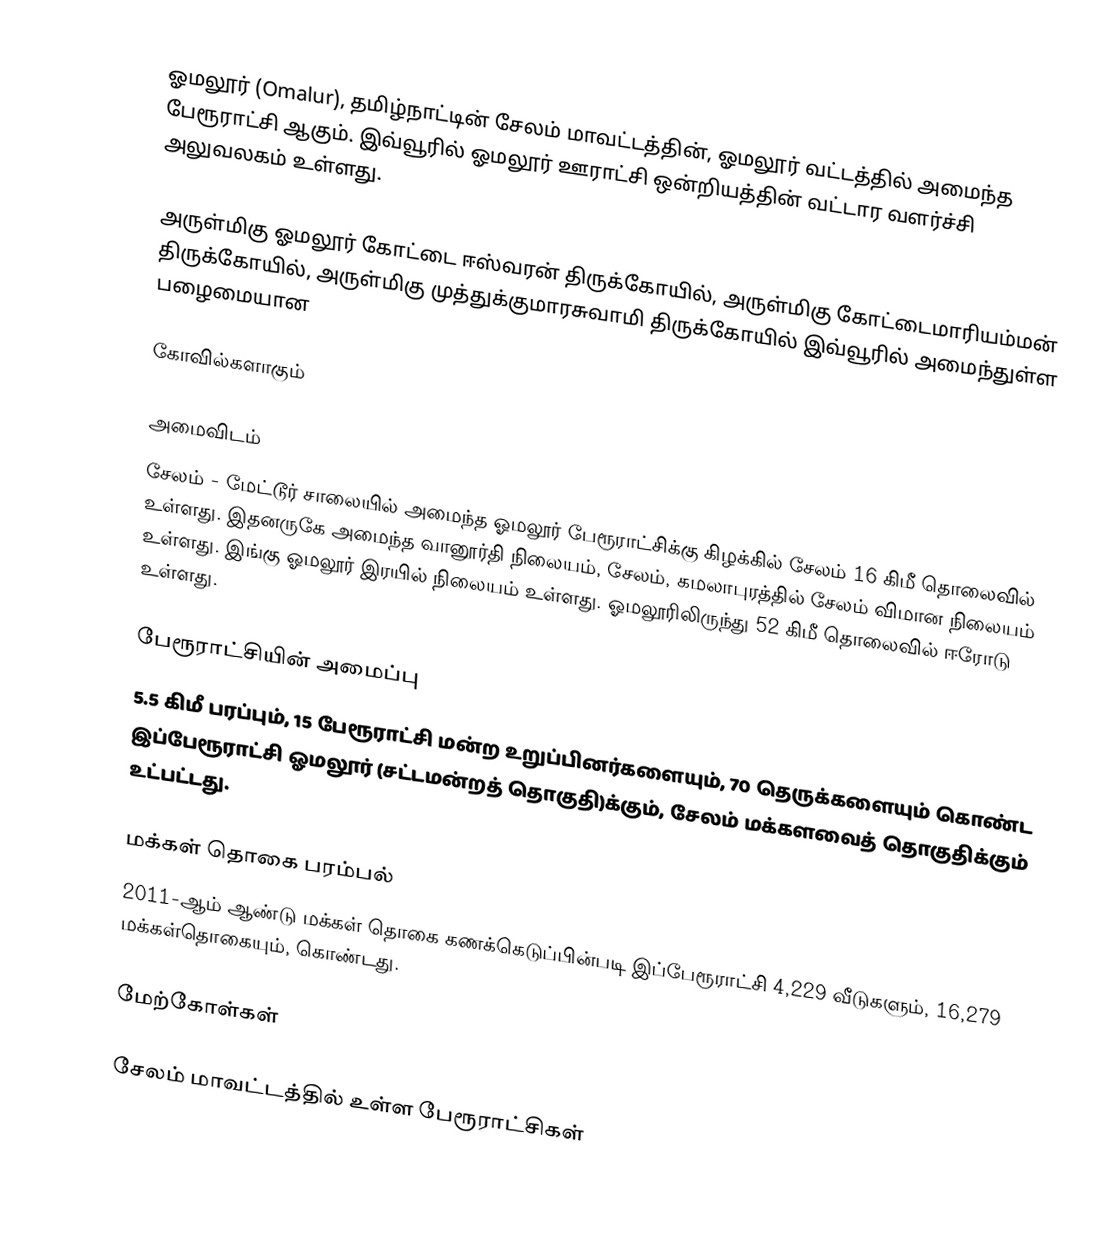
ஓமலூர் (Omalur), தமிழ்நாட்டின் சேலம் மாவட்டத்தின், ஓமலூர் வட்டத்தில் அமைந்த பேரூராட்சி ஆகும். இவ்வூரில் ஓமலூர் ஊராட்சி ஒன்றியத்தின் வட்டார வளர்ச்சி அலுவலகம் உள்ளது.

அருள்மிகு ஓமலூர் கோட்டை ஈஸ்வரன் திருக்கோயில், அருள்மிகு கோட்டைமாரியம்மன் திருக்கோயில், அருள்மிகு முத்துக்குமாரசுவாமி திருக்கோயில் இவ்வூரில் அமைந்துள்ள பழைமையான

கோவில்களாகும்

அமைவிடம்
சேலம் - மேட்டூர் சாலையில் அமைந்த ஓமலூர் பேரூராட்சிக்கு கிழக்கில் சேலம் 16 கிமீ தொலைவில் உள்ளது. இதனருகே அமைந்த வானூர்தி நிலையம், சேலம், கமலாபுரத்தில் சேலம் விமான நிலையம் உள்ளது. இங்கு ஓமலூர் இரயில் நிலையம் உள்ளது.  ஓமலூரிலிருந்து 52 கிமீ தொலைவில் ஈரோடு உள்ளது.

பேரூராட்சியின் அமைப்பு
5.5 கிமீ பரப்பும்,  15  பேரூராட்சி மன்ற உறுப்பினர்களையும், 70 தெருக்களையும்  கொண்ட இப்பேரூராட்சி ஓமலூர் (சட்டமன்றத் தொகுதி)க்கும், சேலம் மக்களவைத் தொகுதிக்கும் உட்பட்டது.

மக்கள் தொகை பரம்பல்
2011-ஆம் ஆண்டு மக்கள் தொகை கணக்கெடுப்பின்படி  இப்பேரூராட்சி 4,229 வீடுகளும், 16,279 மக்கள்தொகையும், கொண்டது.

மேற்கோள்கள்

சேலம் மாவட்டத்தில் உள்ள பேரூராட்சிகள்